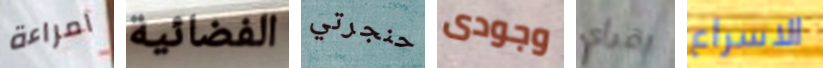
امراءة الفضائية حنجرتي وجودى اقرأي الاسراع